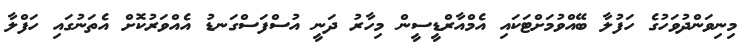
މިނިވަންދުވަހުގެ ހަފުލާ ބޭއްވުމަށްޓަކައި އެމްއާރްޑީސީން މިހާރު ދަނީ އުސްފަސްގަނޑު އެއްވަރުކޮށް އެތަނުގައި ހަފްލާ